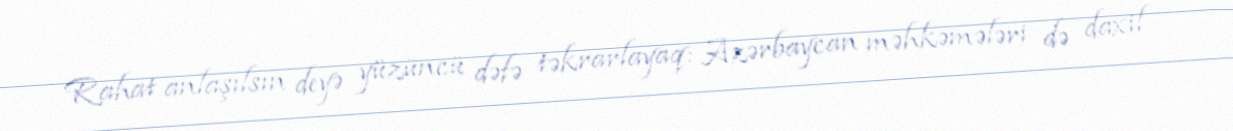
Rahat anlaşılsın deyə yüzüncü dəfə təkrarlayaq: Azərbaycan məhkəmələri də daxil